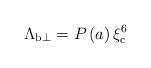
LaTeX: \begin{align*}\Lambda_{{\rm b}\perp}=P\left(a\right)\xi_{\rm c}^6\end{align*}